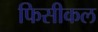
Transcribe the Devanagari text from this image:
फिसीकल